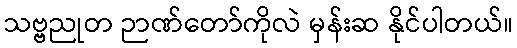
သဗ္ဗညုတ ဉာဏ်တော်ကိုလဲ မှန်းဆ နိုင်ပါတယ်။